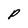
Character: P